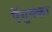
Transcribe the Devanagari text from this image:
ऍगुक्का